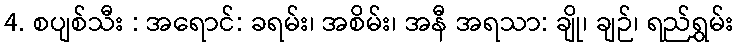
4. စပျစ်သီး : အရောင်: ခရမ်း၊ အစိမ်း၊ အနီ အရသာ: ချို၊ ချဉ်၊ ရည်ရွှမ်း